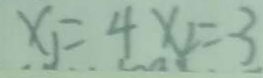
x _ { 1 } = 4 x _ { 2 } = - 3